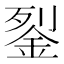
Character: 銐